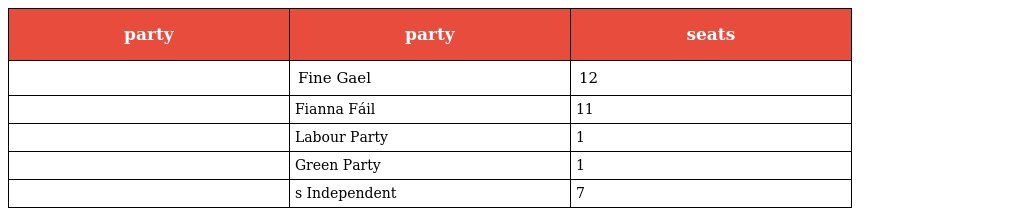
| party | party | seats |
 | --- | --- | --- |
 |  | Fine Gael | 12 |
 |  | Fianna Fáil | 11 |
 |  | Labour Party | 1 |
 |  | Green Party | 1 |
 |  | s Independent | 7 |